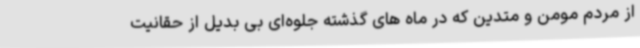
از مردم مومن و متدین که در ماه های گذشته جلوه‌ای بی بدیل از حقانیت